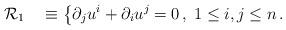
LaTeX: \begin{align*} \mathcal{R}_1\quad\equiv \left\{\partial_j u^i+\partial_i u^j=0\,,\right.1\leq i, j\leq n\,. \end{align*}